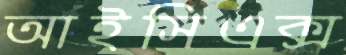
আইসিএক্স